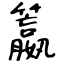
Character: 籝